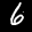
Label: 6